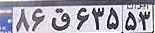
۸۶ق۶۳۵۵۳